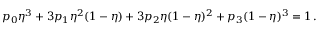
p _ { 0 } \eta ^ { 3 } + 3 p _ { 1 } \eta ^ { 2 } ( 1 - \eta ) + 3 p _ { 2 } \eta ( 1 - \eta ) ^ { 2 } + p _ { 3 } ( 1 - \eta ) ^ { 3 } = 1 \, .